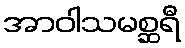
အာဝါသမစ္ဆရီ